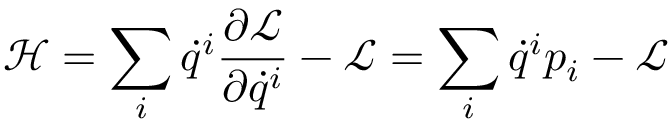
{ \mathcal { H } } = \sum _ { i } { \dot { q } } ^ { i } { \frac { \partial { \mathcal { L } } } { \partial { \dot { q } } ^ { i } } } - { \mathcal { L } } = \sum _ { i } { \dot { q } } ^ { i } p _ { i } - { \mathcal { L } }